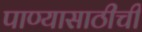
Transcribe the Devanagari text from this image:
पाण्यासाठीची